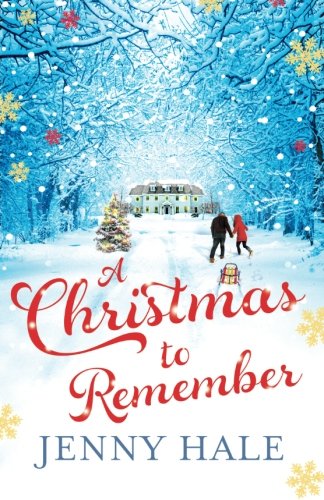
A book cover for A Christmas to Remember; Jenny Hale; Romance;